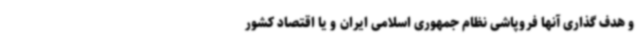
و هدف گذاری آنها فروپاشی نظام جمهوری اسلامی ایران و یا اقتصاد کشور